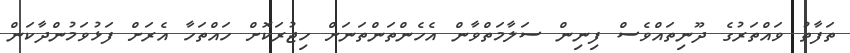
ތަފާތު ވައްތަރުގެ ދޫނިތައްވެސް ފިނިން ސަލާމަތްވާން އެހެންތަންތަނަށް ހިޖުރަކޮށް ހައްތަހާ އެރަށް ފަޅުވަމުންދާކަން